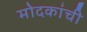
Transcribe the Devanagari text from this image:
मोदकांची